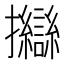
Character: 𢺈